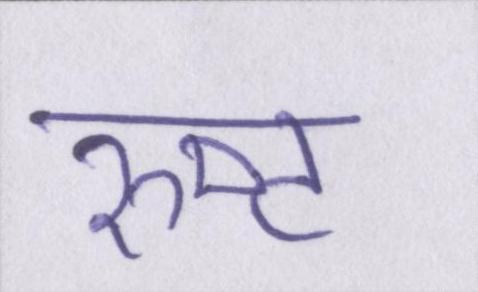
रुष्ट